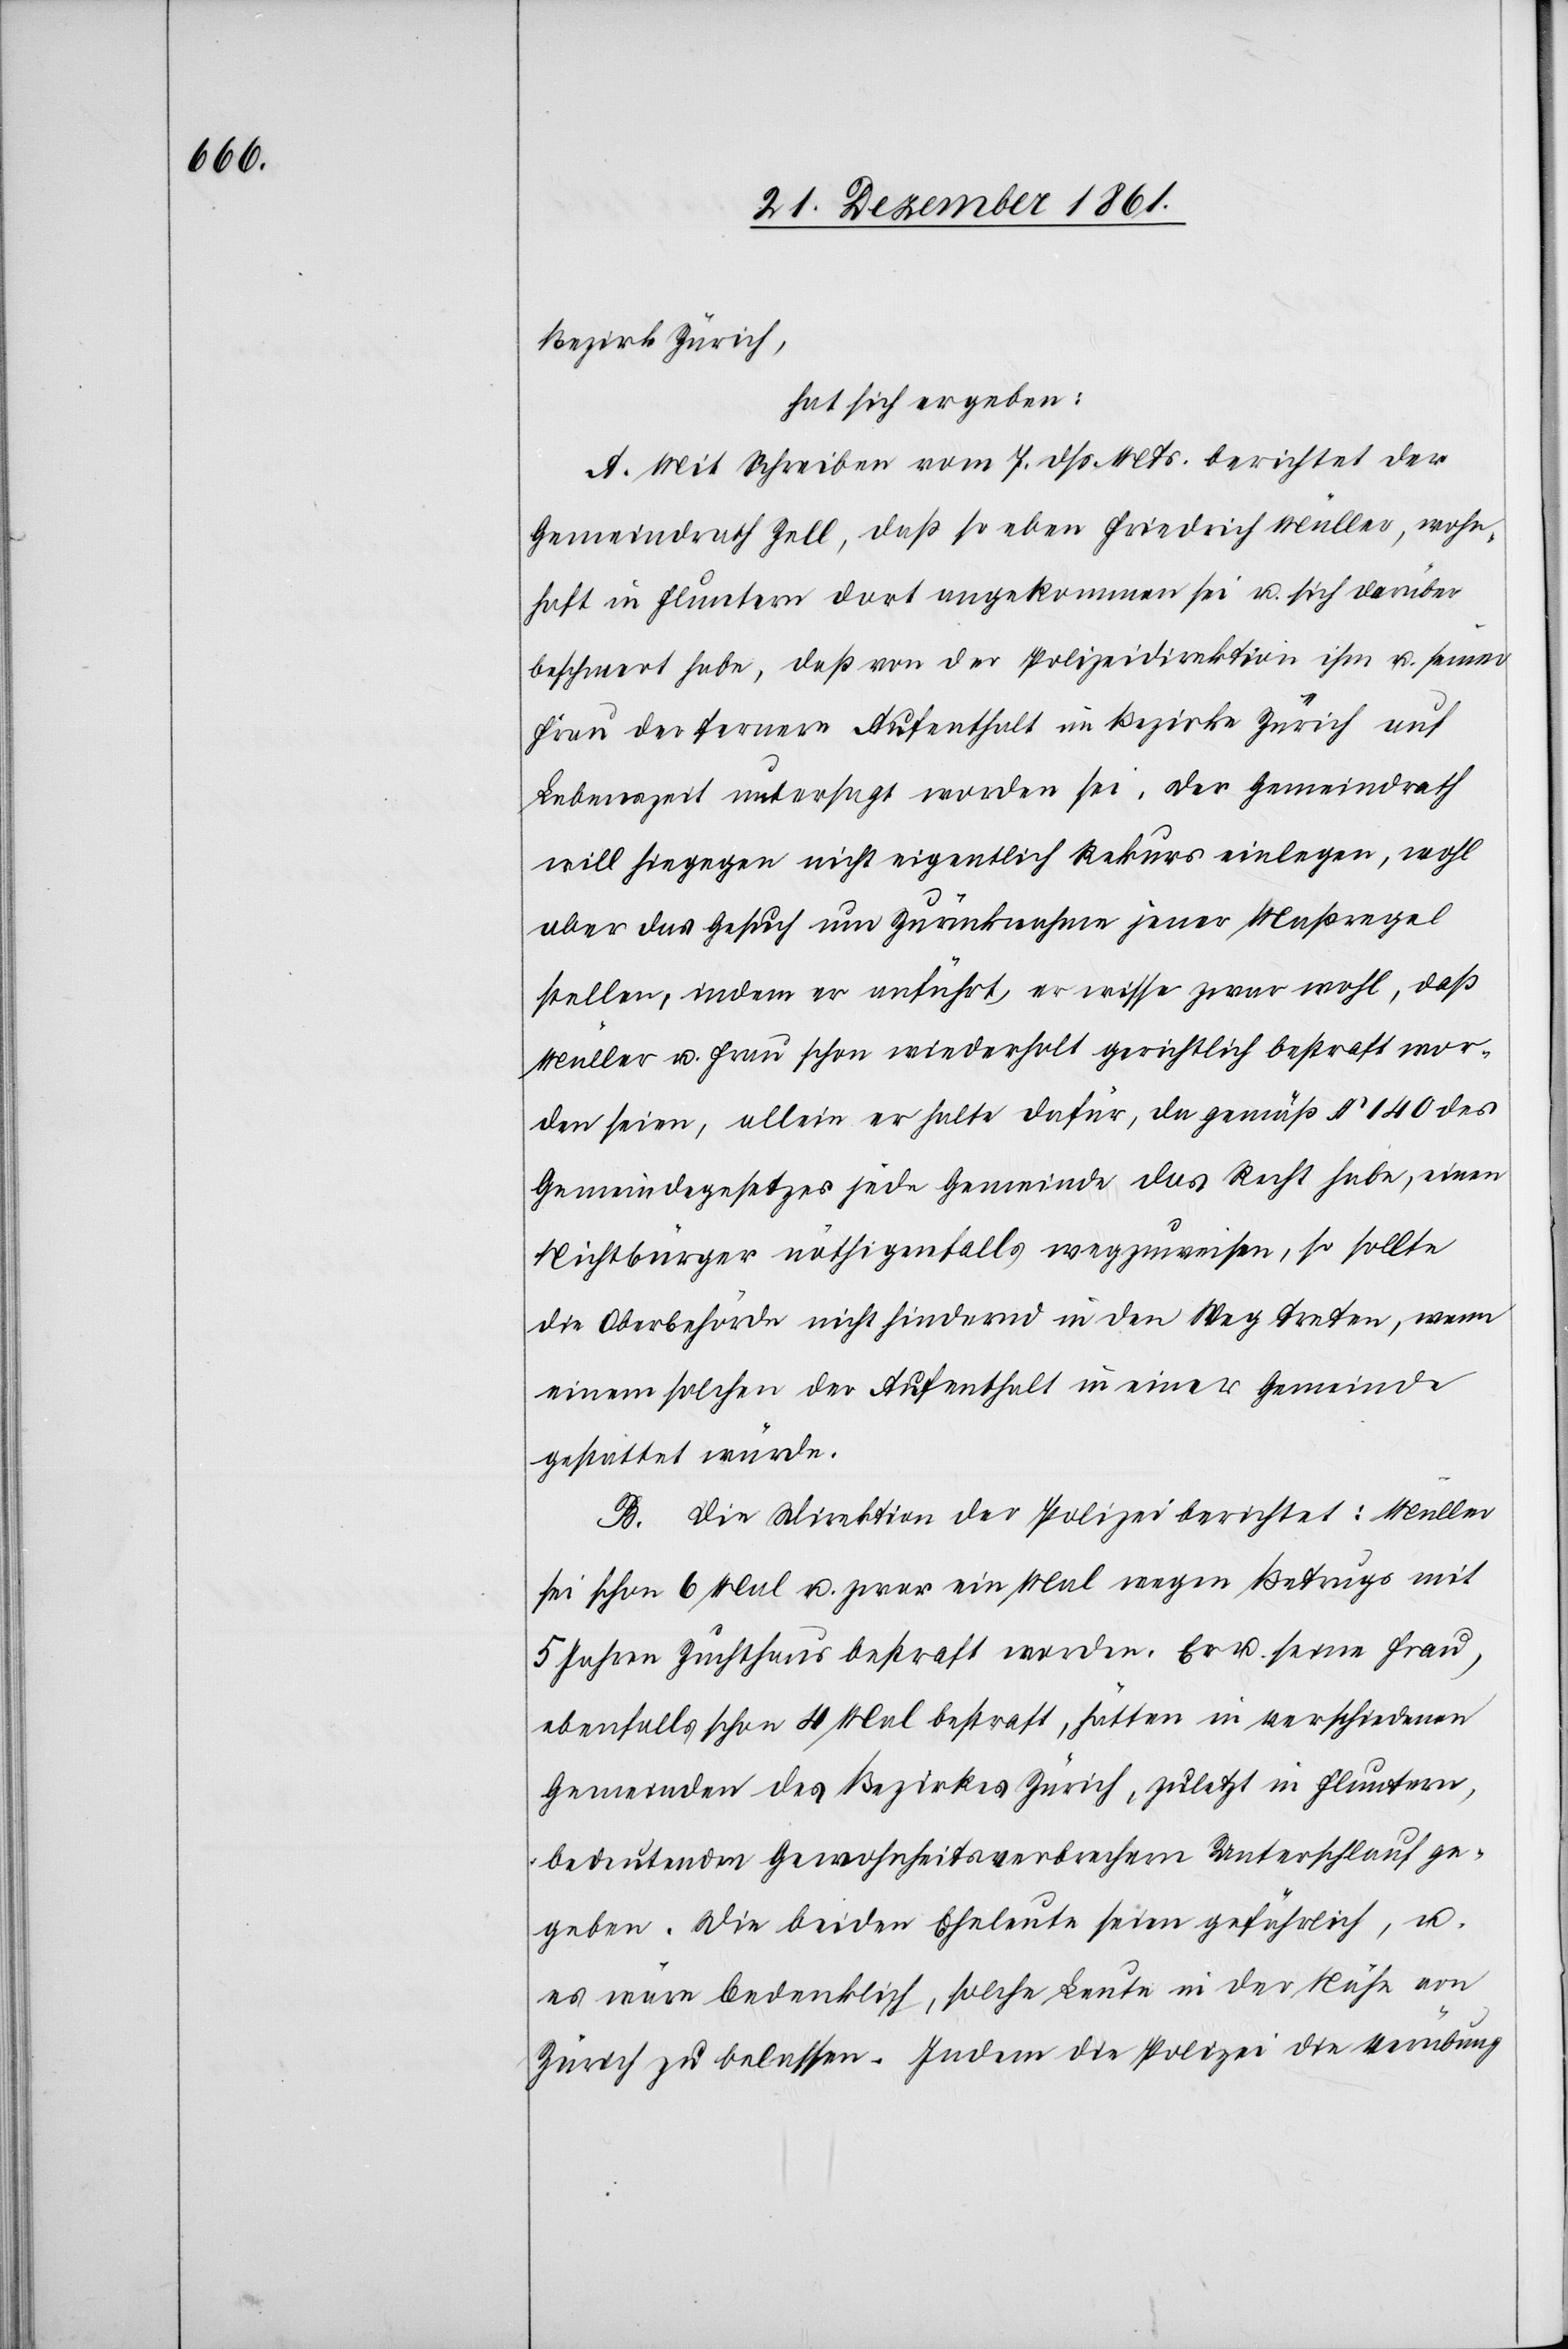
Bezirk Zürich,
hat sich ergeben:
A. Mit Schreiben vom 7 dss. Mts. berichtet der
Gemeindrath Zell, daß so eben Friedrich Müller, wohn¬
haft in Fluntern dort angekommen sei u. sich darüber
beschwert habe, daß von der Polizeidirektion ihm u. seiner
Frau der fernere Aufenthalt im Bezirke Zürich auf
Lebenszeit untersagt worden sei. Der Gemeindrath
will hiegegen nicht eigentlich Rekurs einlegen, wohl
aber das Gesuch um Zurücknahme jener Maßregel
stellen, indem er anführt, er wisse zwar wohl, daß
Müller u. Frau schon wiederholt gerichtlich bestraft wor¬
den seien, allein er halte dafür, da gemäß § 140 des
Gemeindegesetzes jede Gemeinde das Recht habe, einen
Mitbürger nöthigenfalls wegzuweisen, so sollte
die Oberbehörde nicht hindernd in den Weg treten, wenn
einem solchen der Aufenthalt in einer Gemeinde
gestattet würde.
B. Die Direktion der Polizei berichtet: Müller
sei schon 6 Mal u. zwar ein Mal wegen Betrugs mit
5 Jahren Zuchthaus bestraft worden. Er u. seine Frau
Gemeinden des Bezirkes Zürich, zuletzt in Fluntern,
bedeutenden Gewohnheitsverbrechern Unterschlauf ge¬
geben. Die beiden Eheleute seien gefährlich, u.
es wäre bedenklich, solche Leute in der Nähe von
Zürich zu belassen. Indem die Polizei die Verübung